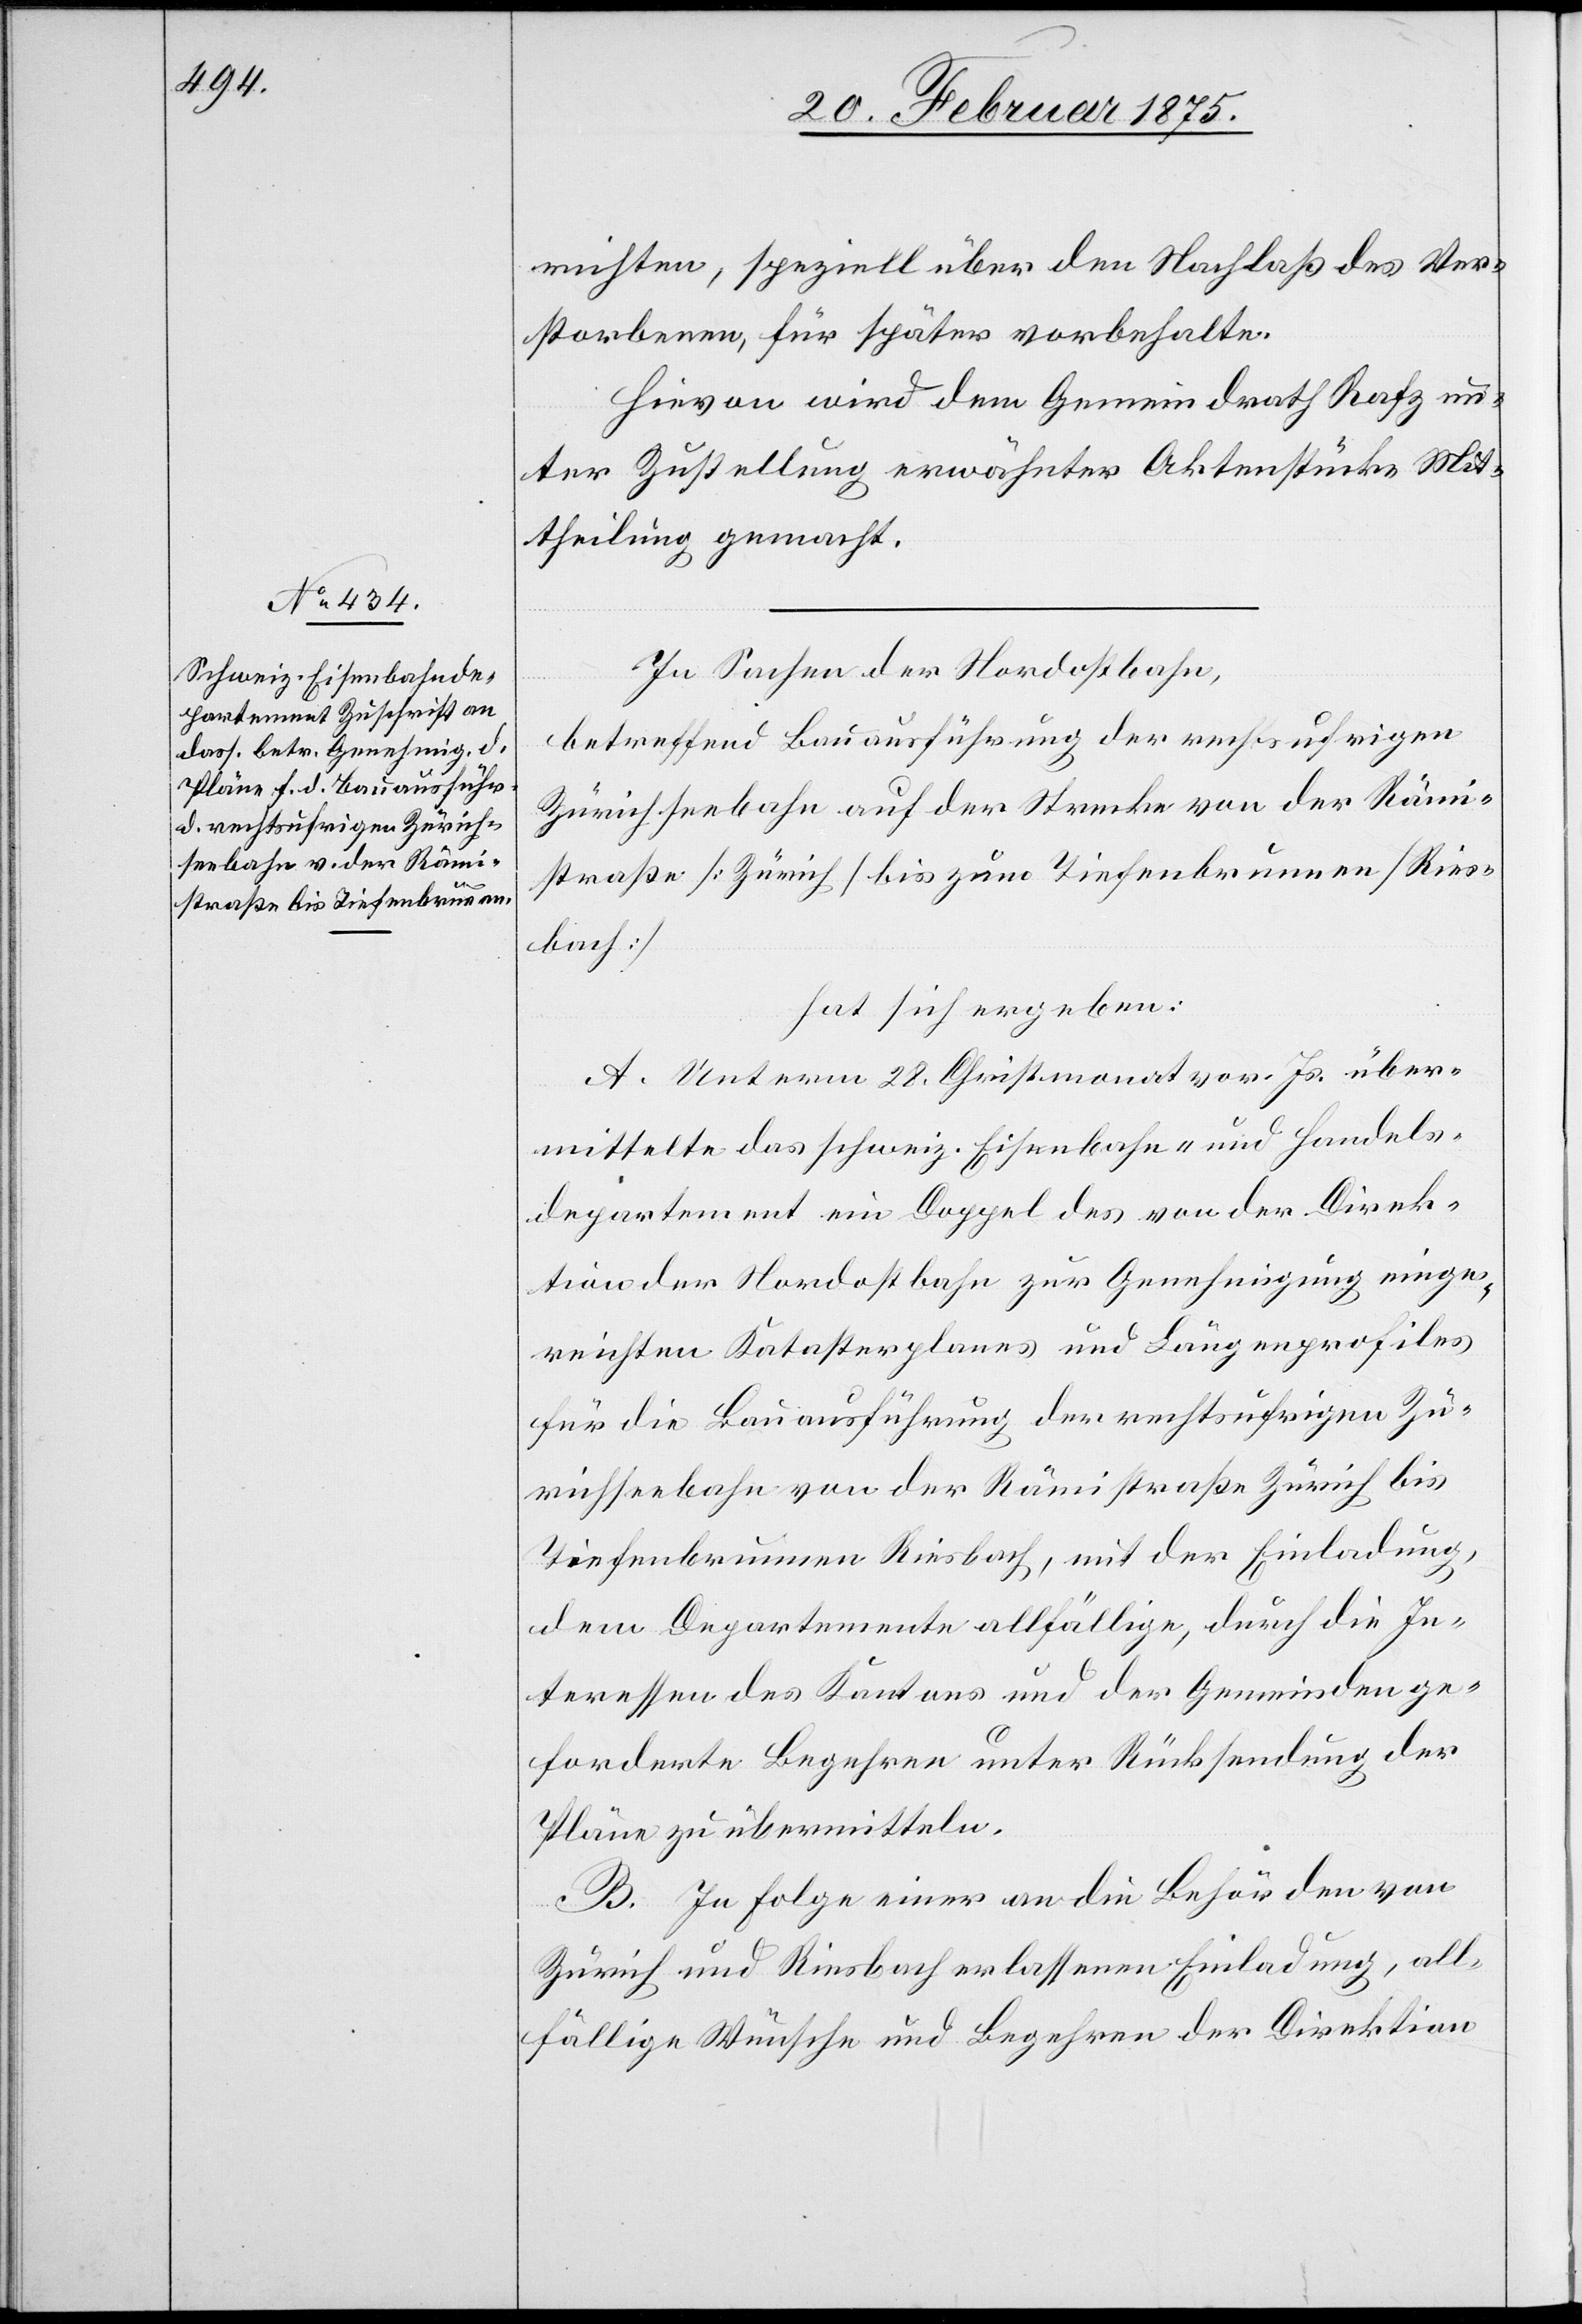
25. Februar 1875.]
richten, speziell über den Nachlaß des Ver¬
storbenen, für später vorbehalte.
Hievon wird dem Gemeindrath Rafz un¬
ter Zustellung erwähnter Aktenstücke Mit¬
theilung gemacht.
In Sachen der Nordostbahn,
betreffend Bauausführung der rechtsufrigen
Zürichseebahn auf der Strecke von der Rämi¬
straße [Zürich] bis zum Tiefenbrunnen [Ries¬
bach]
hat sich ergeben:
A. Unterm 28. Christmonat vor. Js. über¬
mittelte das schweiz. Eisenbahn- und Handels¬
departement ein Doppel des von der Direk¬
tion der Nordostbahn zur Genehmigung einge¬
reichten Katasterplanes und Längenprofiles
für die Bauausführung der rechtsufrigen Zü¬
richseebahn von der Rämistraße Zürich bis
Tiefenbrunnen Riesbach, mit der Einladung,
dem Departemente allfällige, durch die In¬
teressen des Kantons und der Gemeinden ge¬
forderte Begehren unter Rücksendung der
Pläne zu übermitteln.
B. In Folge einer an die Behörden von
Zürich und Riesbach erlassenen Einladung, all¬
fällige Wünsche und Begehren der Direktion